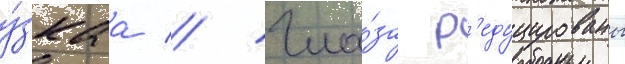
у́зкаа // Гла́за р'едуцированы